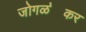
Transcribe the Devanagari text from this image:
जोगळ॓कर